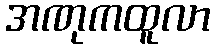
အဏုကထူလာ